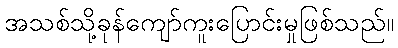
အသစ်သို့ခုန်ကျော်ကူးပြောင်းမှုဖြစ်သည်။